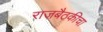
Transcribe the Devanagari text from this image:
राजबैठकीचा